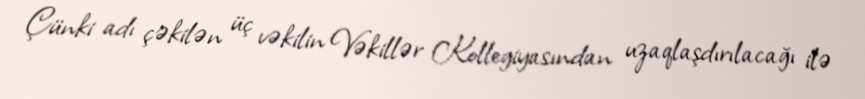
Çünki adı çəkilən üç vəkilin Vəkillər Kollegiyasından uzaqlaşdırılacağı ilə